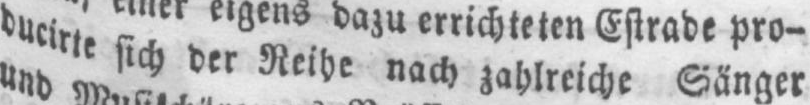
ducirte sich der Reihe nach zahlreiche Sänger